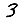
Digit: 3